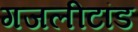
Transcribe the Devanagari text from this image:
गजलीटांड